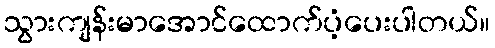
သွားကျန်းမာအောင်ထောက်ပံ့ပေးပါတယ်။